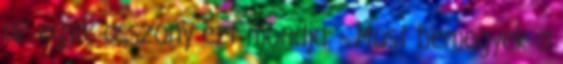
az egyik asszony ezt mondja: - Most bemegyek a